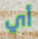
أي